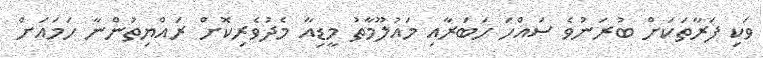
ވަކި ފަރާތަކަށް ބުރަނުވެ ސައްހަ ހަބަރާއި މައުލޫމާތު މީޑިއާ މެދުވެރިކޮށް ރައްޔިތުންނާ ހަމައަށް